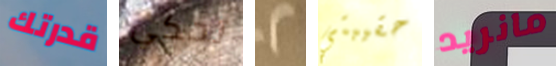
قدرتك تحكي 2 حقيبتي مانريد